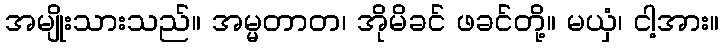
အမျိုးသားသည်။ အမ္မတာတ၊ အိုမိခင် ဖခင်တို့။ မယှံ၊ ငါ့အား။